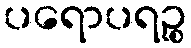
ပရောပရဉ္စ